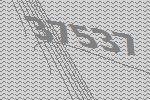
37537